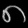
Digit: ၈